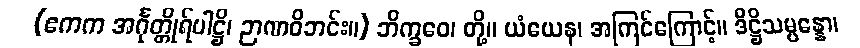
(ဧကက အင်္ဂုတ္တိုရ်ပါဋ္ဌိ၊ ဉာဏဝိဘင်း။) ဘိက္ခဝေ၊ တို့။ ယံယေန၊ အကြင်ကြောင့်။ ဒိဋ္ဌိသမ္ပန္နော၊